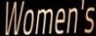
Women's